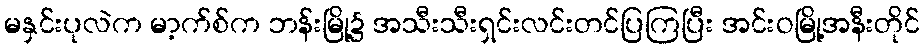
မနှင်းပုလဲက မာ့က်စ်က ဘန်းမြို့၌ အသီးသီးရှင်းလင်းတင်ပြကြပြီး အင်းဝမြို့အနီးတိုင်